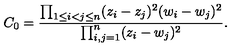
C _ { 0 } = \frac { \prod _ { 1 \leq i < j \leq n } ( z _ { i } - z _ { j } ) ^ { 2 } ( w _ { i } - w _ { j } ) ^ { 2 } } { \prod _ { i , j = 1 } ^ { n } ( z _ { i } - w _ { j } ) ^ { 2 } } .